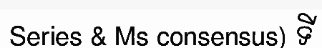
Series & Ms consensus) ទី